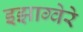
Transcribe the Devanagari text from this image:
इझाग्वेरे